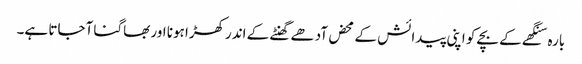
بارہ سنگھے کے بچے کو اپنی پیدائش کے محض آدھے گھنٹے کے اندرکھڑا ہونا اور بھاگنا آجاتا ہے۔